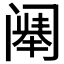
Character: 𬮷